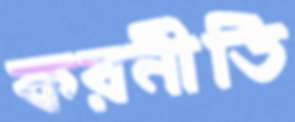
করনীতি